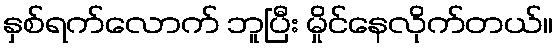
နှစ်ရက်လောက် ဘူပြီး မှိုင်နေလိုက်တယ်။